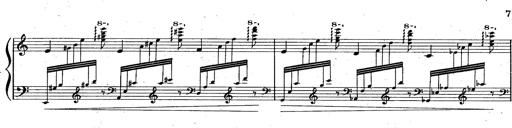
Title: God Save the Queen
Composer: Charles LÃ©on Hess
Key: A major